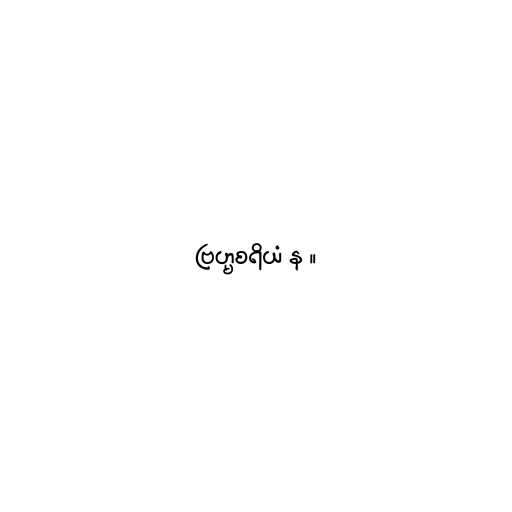
ဗြဟ္မစရိယံ န ။